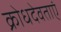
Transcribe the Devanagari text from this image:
क्रोधदेवताएं